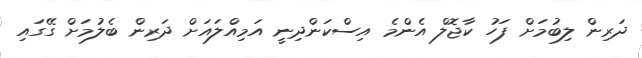
ދަރިން ލިބުމަށް ފަހު ކާޖޮލް އެންމެ އިސްކަންދިނީ އަމިއްލައަށް ދަރިން ބެލުމަށް ގޭގައި